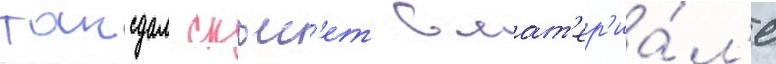
таксдал скьес'ет в мат'ер'иа́л'е